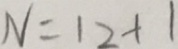
N = 1 2 + 1